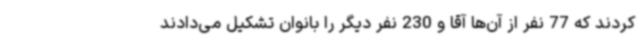
کردند که 77 نفر از آن‌ها آقا و 230 نفر دیگر را بانوان تشکیل می‌دادند